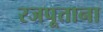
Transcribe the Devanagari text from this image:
रजपूताना